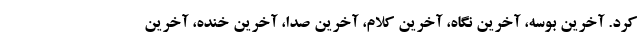
کرد. آخرین بوسه، آخرین نگاه، آخرین کلام، آخرین صدا، آخرین خنده، آخرین